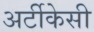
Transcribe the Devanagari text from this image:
अर्टीकेसी